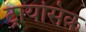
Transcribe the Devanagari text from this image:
ट्रायसिक